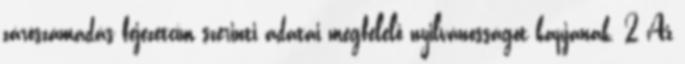
zárószámadás fejezetcím szerinti adatai megfelelő nyilvánosságot kapjanak. 2 Az